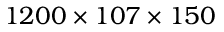
1 2 0 0 \times 1 0 7 \times 1 5 0